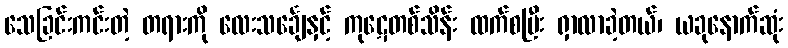
သေခြင်းကင်းတဲ့ တရားကို လေးသင်္ချေနှင့် ကုဋေတစ်သိန်း ထက်စပြီး ရှာလာခဲ့တယ်၊ ယခုနောက်ဆုံး